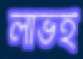
লাভই